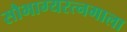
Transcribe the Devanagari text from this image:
सौभाग्यरत्नमाला